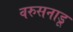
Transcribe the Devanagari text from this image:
वरुसनाडू